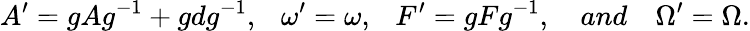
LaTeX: A^{\prime}=gAg^{-1}+gdg^{-1},\ \ \ \omega^{\prime}=\omega,\ \ \ F^{\prime}=gFg^{-1},\ \ \ \ and\ \ \ \ \Omega^{\prime}=\Omega.